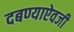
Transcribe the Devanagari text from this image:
दबण्याऐवजी